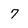
Character: 7